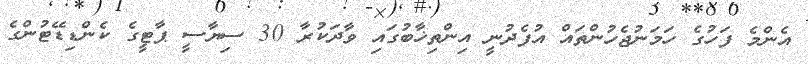
އެންމެ ފަހުގެ ހަމަނުޖެހުންތައް އުފެދުނީ އިންތިޚާބުގައި ވާދަކުރާ 30 ސިޔާސީ ޕާޓީގެ ކެންޑިޑޭޓުންގެ